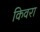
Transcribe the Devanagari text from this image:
किवरा